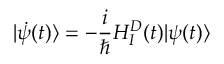
| \dot { \psi } ( t ) \rangle = - \frac { i } { \hbar } H _ { I } ^ { D } ( t ) | \psi ( t ) \rangle